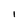
Character: I